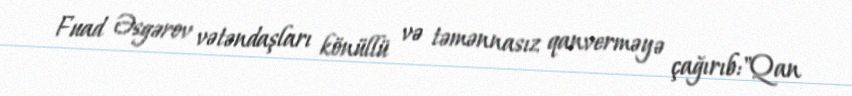
Fuad Əsgərov vətəndaşları könüllü və təmənnasız qanverməyə çağırıb:"Qan